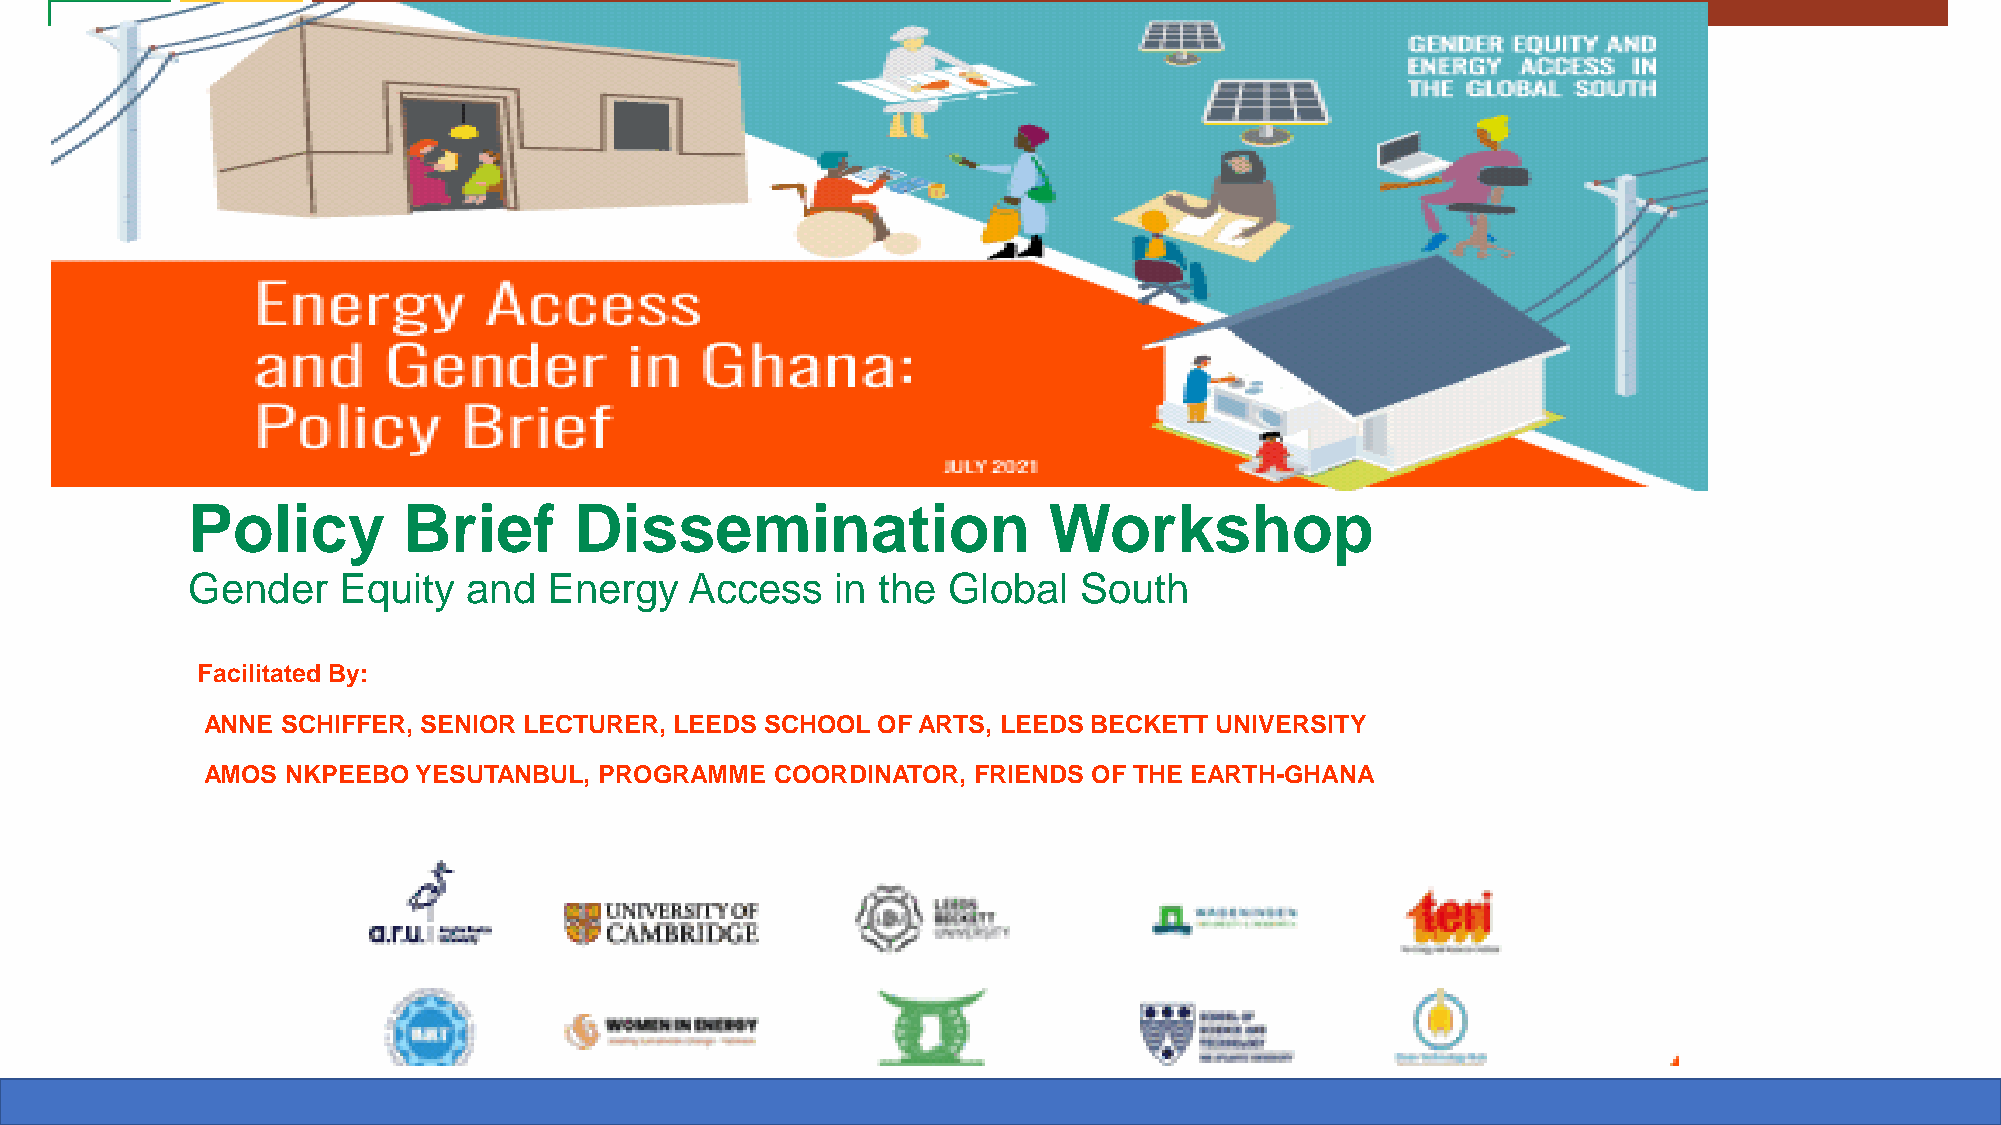
PROJET ALLIANCE MONDIALE CONTRE LES CHANGEMENTS  CLIMATIQUES PLUS -AFRIQUE DE L’OUEST
 (GCCA+ AO)
 Policy         Brief      Dissemination                  Workshop
 Gender    Equity   and  Energy    Access   in the  Global  South
 Facilitated By:
 ANNE  SCHIFFER, SENIOR LECTURER, LEEDS SCHOOL OF ARTS, LEEDS BECKETT UNIVERSITY
 AMOS  NKPEEBO  YESUTANBUL, PROGRAMME  COORDINATOR, FRIENDS OF THE EARTH-GHANA
 26-07-2021                                         GGCCCCAA++ AAOO                                                   1